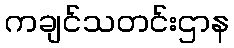
ကချင်သတင်းဌာန